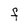
Character: F